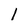
Character: l